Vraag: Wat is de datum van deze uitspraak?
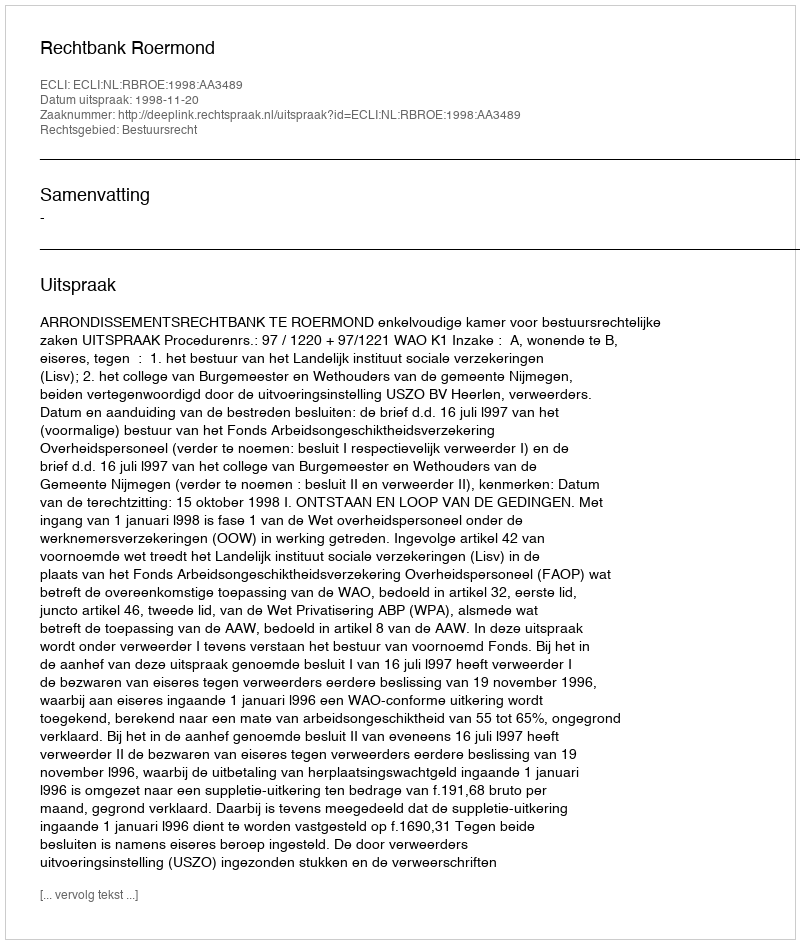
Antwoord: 1998-11-20